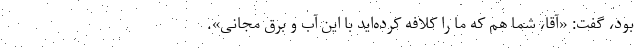
بود، گفت: «آقا، شما هم که ما را کلافه کرده‌اید با این آب و برق مجانی».